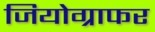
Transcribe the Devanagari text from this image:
जियोग्राफर